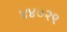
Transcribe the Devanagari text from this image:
४४०२९